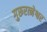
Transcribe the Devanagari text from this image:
गुरूरत्नेश्वर